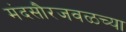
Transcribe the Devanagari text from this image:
मंदसौरजवळच्या